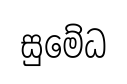
සුමේධ